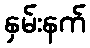
နှမ်းနက်